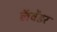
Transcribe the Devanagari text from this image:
लॅवेंडर